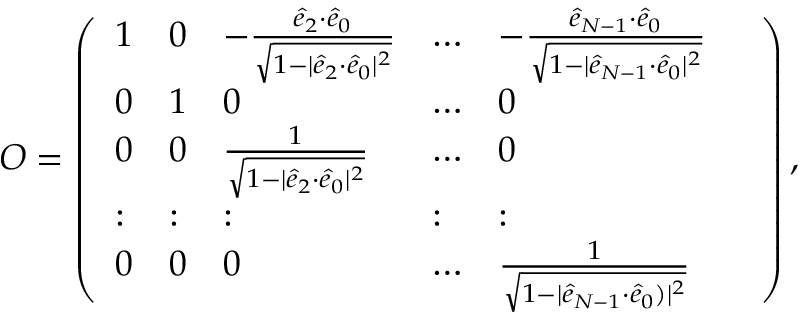
\begin{array} { r } { \! O = \left( \begin{array} { l l l l l l } { 1 } & { 0 } & { - \frac { \hat { e } _ { 2 } { \cdot } \hat { e } _ { 0 } } { \sqrt { 1 - | \hat { e } _ { 2 } { \cdot } \hat { e } _ { 0 } | ^ { 2 } } } } & { \dots } & { - \frac { \hat { e } _ { N - 1 } { \cdot } \hat { e } _ { 0 } } { \sqrt { 1 - | \hat { e } _ { N - 1 } { \cdot } \hat { e } _ { 0 } | ^ { 2 } } } } & \\ { 0 } & { 1 } & { 0 } & { \dots } & { 0 } \\ { 0 } & { 0 } & { \frac { 1 } { \sqrt { 1 - | \hat { e } _ { 2 } { \cdot } \hat { e } _ { 0 } | ^ { 2 } } } } & { \dots } & { 0 } \\ { : } & { : } & { : } & { : } & { : } \\ { 0 } & { 0 } & { 0 } & { \dots } & { \frac { 1 } { \sqrt { 1 - | \hat { e } _ { N - 1 } { \cdot } \hat { e } _ { 0 } ) | ^ { 2 } } } } \end{array} \right) , } \end{array}